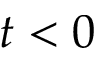
t < 0